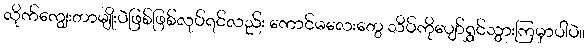
လိုက်ကျွေးတာမျိုးပဲဖြစ်ဖြစ်လုပ်ရင်လည်း ကောင်မလေးတွေ သိပ်ကိုပျော်ရွှင်သွားကြမှာပါပဲ။